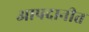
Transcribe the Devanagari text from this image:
आपदानीत